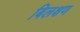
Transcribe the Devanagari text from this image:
बिलक्षण